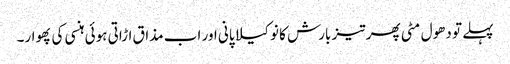
پہلے تو دھول مٹی پھر تیز بارش کا نوکیلا پانی اور اب مذاق اڑاتی ہوئی ہنسی کی پھوار۔